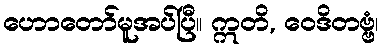
ဟောတော်မူအပ်ပြီ။ ဣတိ, ဝေဒိတဗ္ဗံ၊